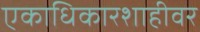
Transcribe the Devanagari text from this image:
एकाधिकारशाहीवर